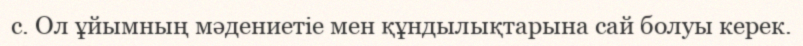
с. Ол ұйымның мәдениетіе мен құндылықтарына сай болуы керек.